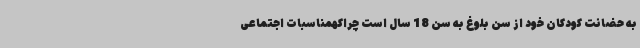
به حضانت کودکان خود از سن بلوغ به سن 18 سال است چراکهمناسبات اجتماعی